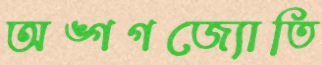
অঙ্গগজ্যোতি